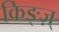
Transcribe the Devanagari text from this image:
किङ्ज़्